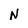
Character: N